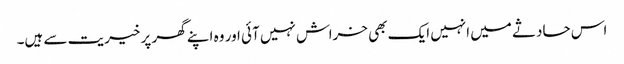
اس حادثے میں انہیں ایک بھی خراش نہیں آئی اور وہ اپنے گھر پر خیریت سے ہیں۔